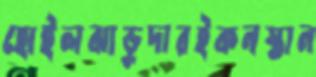
হোইলঝাড়ুদারইকনস্তান